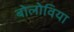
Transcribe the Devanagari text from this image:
बोलोविया